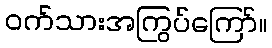
ဝက်သားအကြွပ်ကြော်။